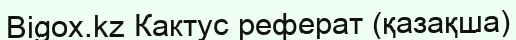
Bigox.kz Кактус реферат (қазақша)